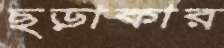
ছড়াকার